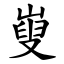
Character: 㟬